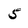
Character: 5